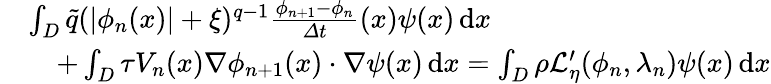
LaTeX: \begin{array}{rl}&{\int_{D}\tilde{q}(|\phi_{n}(x)|+\xi)^{q-1}\frac{\phi_{n+1}-\phi_{n}}{\varDelta t}(x){\psi}(x)\, \mathrm{d}x}\\ &{\quad+\int_{D}\tau V_{n}(x)\nabla\phi_{n+1}(x)\cdot\nabla{\psi}(x)\, \mathrm{d}x=\int_{D}\rho\mathcal{L}_{\eta}^{\prime}(\phi_{n},\lambda_{n})\psi(x)\, \mathrm{d}x}\end{array}